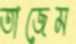
তাজেম